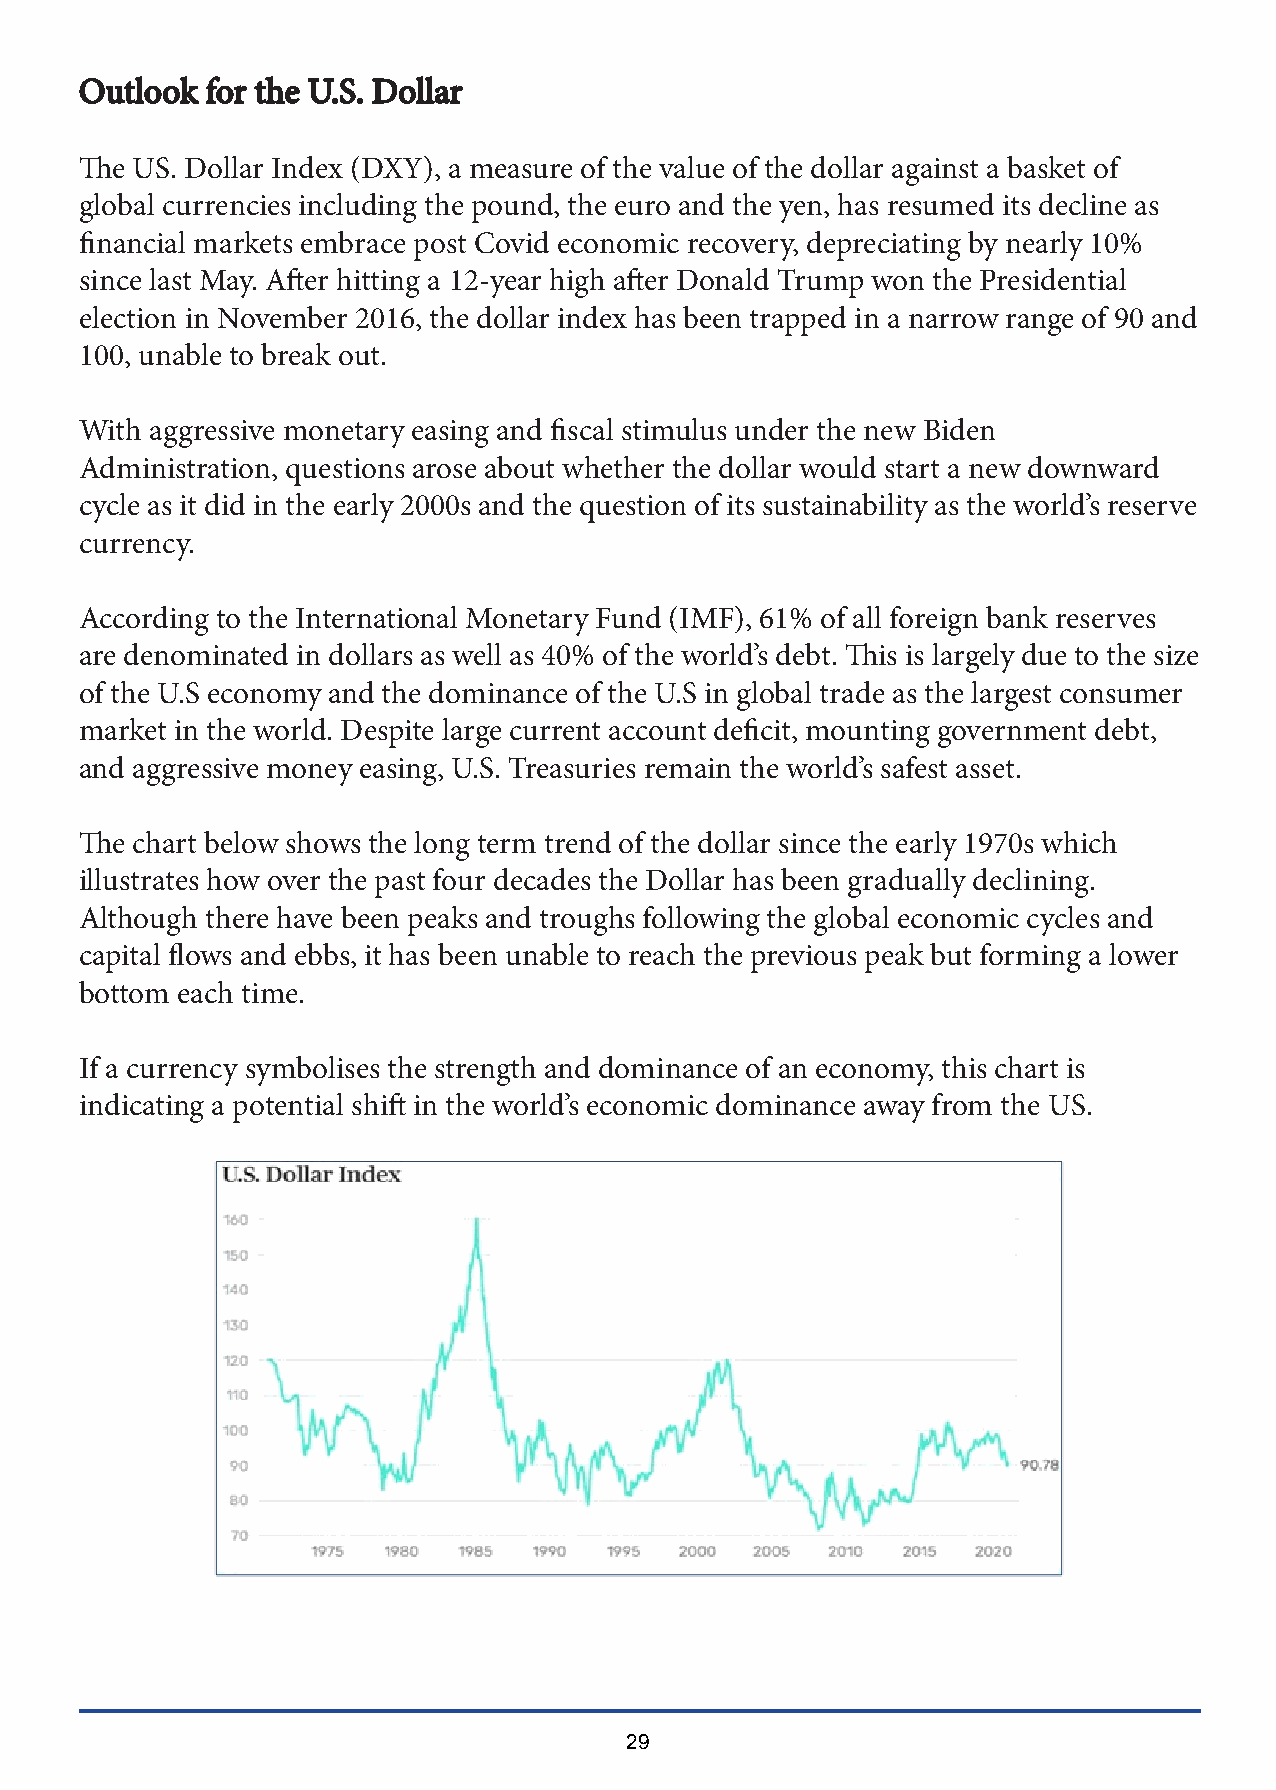
OOuuttllooookk ffoorr tthhee UU..SS.. DDoollllaarr
 The US. Dollar Index (DXY), a measure of the value of the dollar against a basket of
 global currencies including the pound, the euro and the yen, has resumed its decline as
 financial markets embrace post Covid economic recovery, depreciating by nearly 10%
 since last May. After hitting a 12-year high after Donald Trump won the Presidential
 election in November 2016, the dollar index has been trapped in a narrow range of 90 and
 100, unable to break out.
 With aggressive monetary easing and fiscal stimulus under the new Biden
 Administration, questions arose about whether the dollar would start a new downward
 cycle as it did in the early 2000s and the question of its sustainability as the world’s reserve
 currency.
 According to the International Monetary Fund (IMF), 61% of all foreign bank reserves
 are denominated in dollars as well as 40% of the world’s debt. This is largely due to the size
 of the U.S economy and the dominance of the U.S in global trade as the largest consumer
 market in the world. Despite large current account deficit, mounting government debt,
 and aggressive money easing, U.S. Treasuries remain the world’s safest asset.
 The chart below shows the long term trend of the dollar since the early 1970s which
 illustrates how over the past four decades the Dollar has been gradually declining.
 Although there have been peaks and troughs following the global economic cycles and
 capital flows and ebbs, it has been unable to reach the previous peak but forming a lower
 bottom each time.
 If a currency symbolises the strength and dominance of an economy, this chart is
 indicating a potential shift in the world’s economic dominance away from the US.
 29